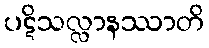
ပဋိသလ္လာနဿာတိ